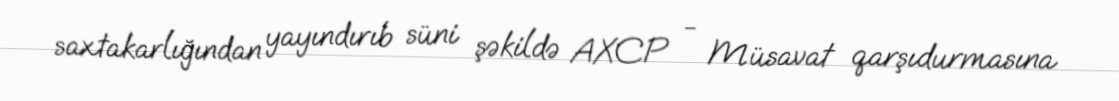
saxtakarlığından yayındırıb süni şəkildə AXCP - Müsavat qarşıdurmasına